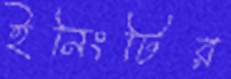
ইনিংটির